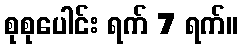
စုစုပေါင်း ရက် 7 ရက်။